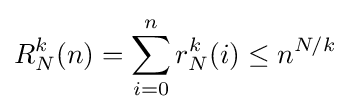
R_{N}^{k}(n)=\sum _{i=0}^{n}r_{N}^{k}(i)\leq n^{N/k}